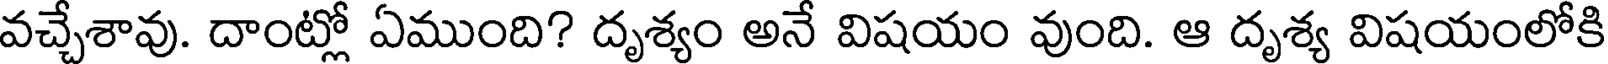
వచ్చేశావు. దాంట్లో ఏముంది? దృశ్యం అనే విషయం వుంది. ఆ దృశ్య విషయంలోకి